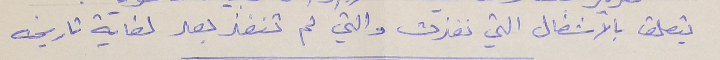
يتعلق بالاشغال التي نفذت والتي لم تنفذ بعد لغاية تاريخه